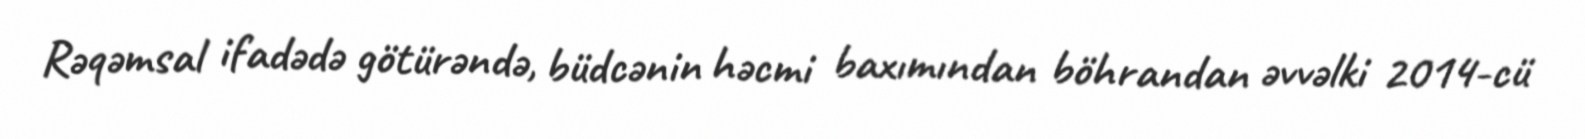
Rəqəmsal ifadədə götürəndə, büdcənin həcmi baxımından böhrandan əvvəlki 2014-cü